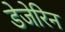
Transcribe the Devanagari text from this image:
डेजेरिन